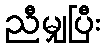
ညီမျှပြီး